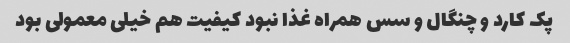
پک کارد و چنگال و سس همراه غذا نبود کیفیت هم خیلی معمولی بود